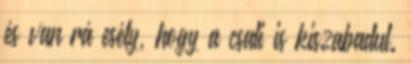
és van rá esély, hogy a csali is kiszabadul.